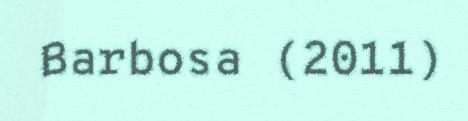
Barbosa (2011)